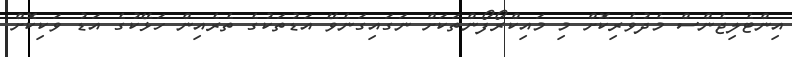
އިންޓެލިޖެންސް މެދުވެރިކޮށް މި މައިކްރޯފޯންތަކަށް ނަގައިގަނެވޭ އަޑުތަކުގެ ތެރެއިން ހަޅޭކުގެ އަޑު ވަކިކޮށް